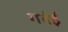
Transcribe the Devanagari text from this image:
गवंई